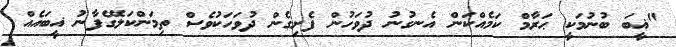
"ޣީބަ ބުނުމަކީ ޙަރާމް ކަމެއްކަން އެނގުނު ދުވަހުން ފެށިގެން ދުވަހަކުވެސް ތިމަންކަލޭގެފާނު ޣީބައެއް